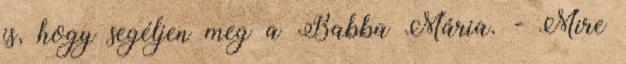
is, hogy segéljen meg a Babba Mária. - Mire